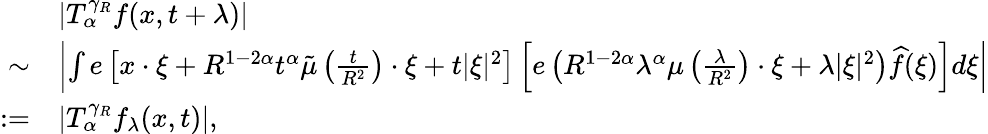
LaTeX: \begin{array}{rl}&{|T_{\alpha}^{\gamma_{R}}f(x,t+\lambda)|}\\ {\sim}&{\left|\int e\left[x\cdot\xi+R^{1-2\alpha}t^{\alpha}\tilde{\mu}\left(\frac{t}{R^{2}}\right)\cdot\xi+t|\xi|^{2}\right]\left[e\left(R^{1-2\alpha}\lambda^{\alpha}\mu\left(\frac{\lambda}{R^{2}}\right)\cdot\xi+\lambda|\xi|^{2}\right)\widehat{f}(\xi)\right]d\xi\right|}\\ {:=}&{|T_{\alpha}^{\gamma_{R}}f_{\lambda}(x,t)|,}\end{array}